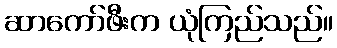
ဆာကော်ဖီးက ယုံကြည်သည်။